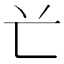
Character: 𠔄